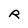
Character: R